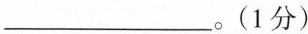
___。(1分)